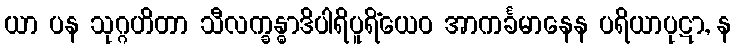
ယာ ပန သုဂ္ဂဟိတာ သီလက္ခန္ဓာဒိပါရိပူရိံယေဝ အာကင်္ခမာနေန ပရိယာပုဋာ, န